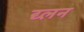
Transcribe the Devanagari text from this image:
द्य्लन